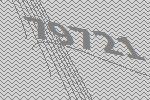
79721